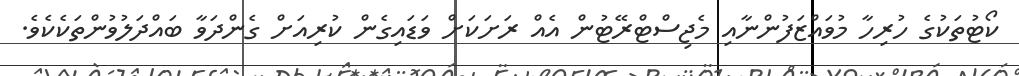
ކޯޓުތަކުގެ ހުރިހާ މުވައްޒަފުންނާއި މެޖިސްޓްރޭޓުން އެއް ރަށަކަށް ވަޑައިގެން ކުރިއަށް ގެންދަވާ ބައްދަލުވުންތަކެކެވެ.